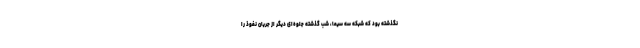
نگذشته بود که شبکه سه سیما، شب گذشته جلوه‌ای دیگر از جریان نفوذ را